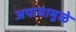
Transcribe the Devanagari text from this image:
अपायामुळे